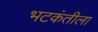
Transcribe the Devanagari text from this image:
भटकंतीला